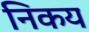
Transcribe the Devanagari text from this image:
निकय